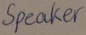
Text: Speaker